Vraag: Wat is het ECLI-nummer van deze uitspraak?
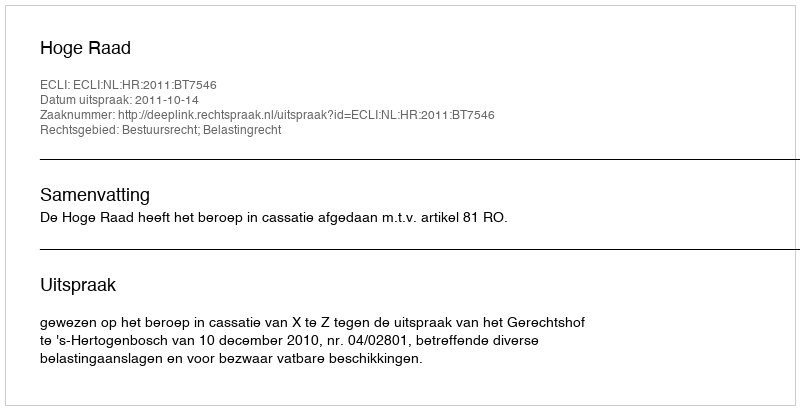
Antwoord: ECLI:NL:HR:2011:BT7546